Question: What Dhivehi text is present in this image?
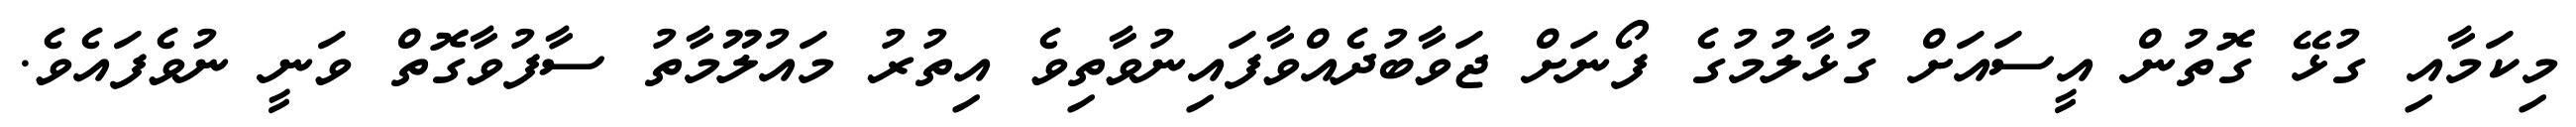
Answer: މިކަމާއި ގުޅޭ ގޮތުން އީސައަށް ގުޅާލުމުގެ ފޯނަށް ޖަވާބުދެއްވާފައިނުވާތިވެ އިތުރު މައުލޫމާތު ސާފުވާގޮތް ވަނީ ނުވެފައެވެ.